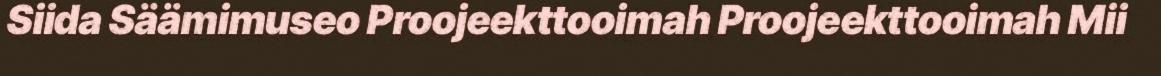
Siida Säämimuseo Proojeekttooimah Proojeekttooimah Mii